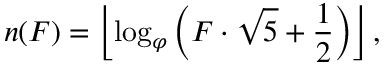
n ( F ) = \left\lfloor \log _ { \varphi } \left( F \cdot { \sqrt { 5 } } + { \frac { 1 } { 2 } } \right) \right\rfloor ,